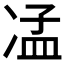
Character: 𠗠